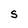
Character: S